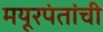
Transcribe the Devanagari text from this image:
मयूरपंतांची